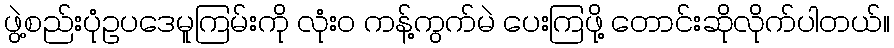
ဖွဲ့စည်းပုံဥပဒေမူကြမ်းကို လုံး၀ ကန့်ကွက်မဲ ပေးကြဖို့ တောင်းဆိုလိုက်ပါတယ်။